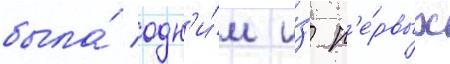
была́ одн'и́м и́з п'е́рвых